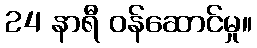
24 နာရီ ဝန်ဆောင်မှု။